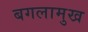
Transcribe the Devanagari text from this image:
बगलामुख